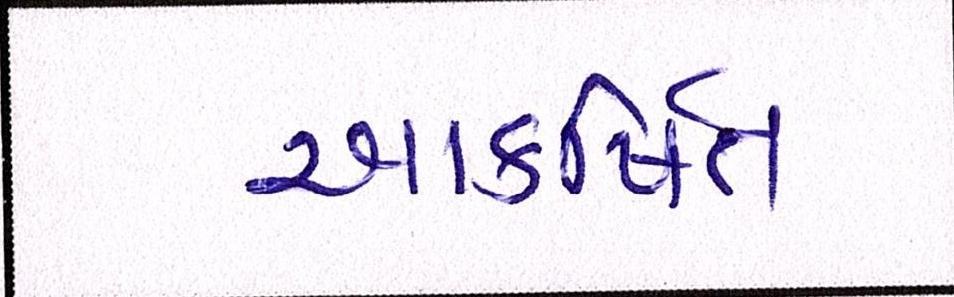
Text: આકર્ષિત